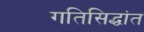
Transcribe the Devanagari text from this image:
गतिसिद्धांत